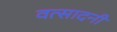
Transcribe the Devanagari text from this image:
वत्सादनी